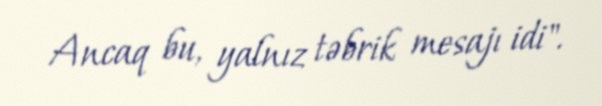
Ancaq bu, yalnız təbrik mesajı idi".